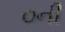
૦ની